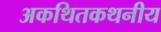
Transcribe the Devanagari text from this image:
अकथितकथनीय